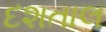
દશતાલ